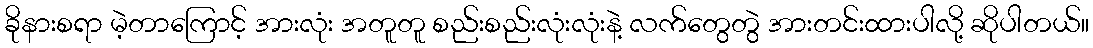
ခိုနားစရာ မဲ့တာကြောင့် အားလုံး အတူတူ စည်းစည်းလုံးလုံးနဲ့ လက်တွေတွဲ အားတင်းထားပါလို့ ဆိုပါတယ်။